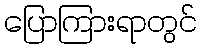
ပြောကြားရာတွင်